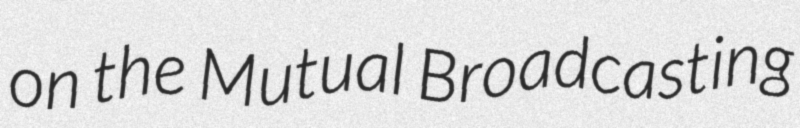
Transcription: on the Mutual Broadcasting